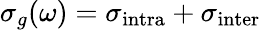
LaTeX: \sigma_{g}(\omega)=\sigma_{\textrm{intra}}+\sigma_{\textrm{inter}}